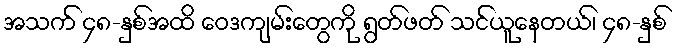
အသက် ၄၈-နှစ်အထိ ဝေဒကျမ်းတွေကို ရွတ်ဖတ် သင်ယူနေတယ်၊ ၄၈-နှစ်